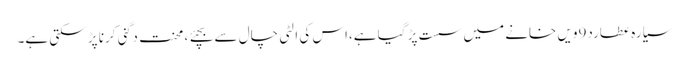
سیارہ عطارد9ویں خانے میں سست پڑ گیا ہے،اس کی الٹی چال سے بچئے ، محنت دگنی کرنا پڑ سکتی ہے۔